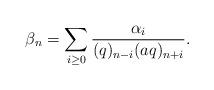
LaTeX: \begin{align*}\beta_n=\sum_{i\ge0}\frac{\alpha_i}{(q)_{n-i}(aq)_{n+i}}.\end{align*}